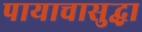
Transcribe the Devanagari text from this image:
पायाचासुद्धा